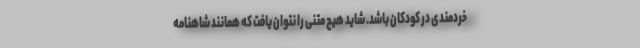
خردمندی در کودکان باشد. شاید هیچ متنی را نتوان یافت که همانند شاهنامه